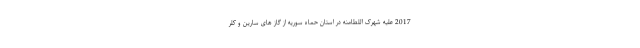
2017 علیه شهرک اللطامنه در استان حماه سوریه از گاز های سارین و کلر